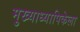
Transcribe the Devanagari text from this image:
मुख्याध्यापिकेला